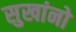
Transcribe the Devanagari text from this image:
सुखांनो